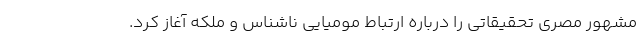
مشهور مصری تحقیقاتی را درباره ارتباط مومیایی ناشناس و ملکه آغاز کرد.